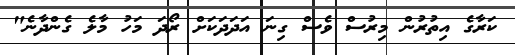
ކަރާގެ އިތުރުން މިރުސް ވެސް ގިނަ އަދަދަކަށް ރޯދަ މަހު މާލެ ގެންދާނެ"